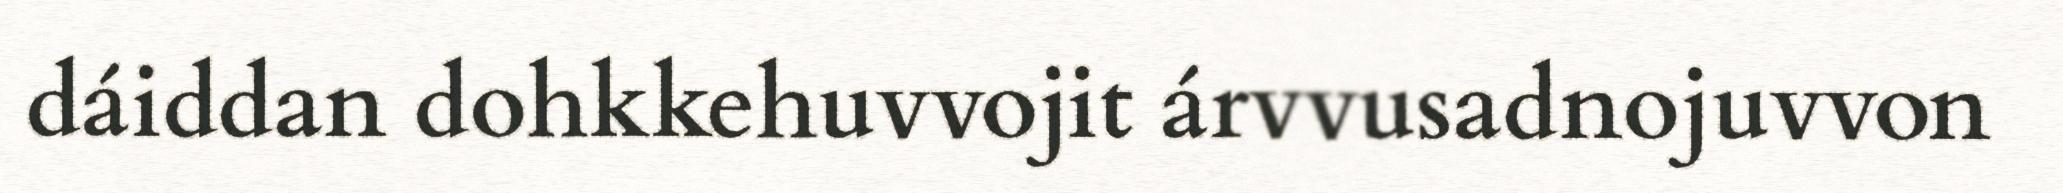
dáiddan dohkkehuvvojit árvvusadnojuvvon